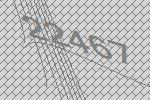
22467